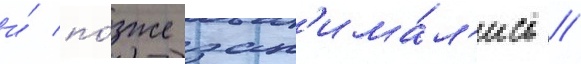
и́ по́зже зан'има́л'ись //